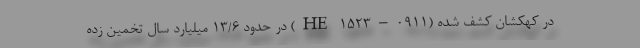
در کهکشان کشف شده (HE ۱۵۲۳–۰۹۱۱) در حدود ۱۳/۶ میلیارد سال تخمین زده